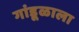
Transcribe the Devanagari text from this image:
गांडूळाला